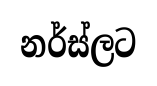
නර්ස්ලට